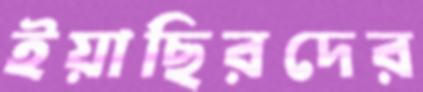
ইয়াছিরদের